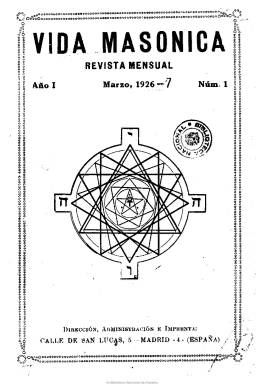
Título: Vida masónica
Colección: Masonería
Ámbito geográfico: Madrid
Lugar de publicación: Madrid
Fechas: 01/03/1926-31/05/1932

Publicación mensual que aparece en marzo de 1926, aceptando su fundador y director, el tipógrafo y escritor Enrique González Linera, pasar por la censura de la dictadura militar primoriverista. Se trata de un pequeño cuaderno de dieciséis páginas y cubierta, compuesto a una columna, e impreso en papel económico, vendido por suscripción, a cuyos lectores le eran regalados ejemplares de una colección conocida como Cuentos Linera, de la que su director era autor, además de venerable de la logia madrileña La Catoniana, que también editó la Biblioteca Catón.

Era una revista con carácter pedagógico y didáctico y significó “un cruce entre la francmasonería, la teosofía, el esperantismo y la co-masonería”, a juicio de Olivia Salmón-Monviola, siendo un lugar de mestizaje y convergencias ideológicas y filosóficas a tenor de sus colaboradores. Entre estos se encontraban Julio Garrido, fundador de la Sociedad Teosófica de España y que, con el nombre simbólico de Stein, publica un vocabulario masónico; Manuel Treviño y Villa, de la logia San Alano; Fernando Molina, de la de Delante, de Toledo, o Fernando Redondo de Mallorca. Publica una “columna de honor” de masonas españolas, con notas biográficas sobre ellas, y una serie de documentos y apuntes sobre la historia del Gran Oriente Español. En sus páginas será defendida la igualdad masónica entre hombres y mujeres, en escritos de León Cervera Cremades o del mismo González Linera, y dará la bienvenida a la II República española. Inserta también traducciones, noticias, fotografías y dibujos.

La colección de la Biblioteca Nacional de España está incompleta, faltándoles los años 1930 y 1931, y acabando en mayo de 1932. Editó 72 números, hasta junio del siguiente año, coincidiendo con el fallecimiento de González Linera, decidiendo sus colaboradores no seguir editándola.